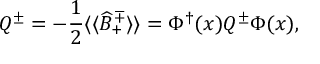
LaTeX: { \cal Q } ^ { \pm } = - \frac { 1 } { 2 } \langle \langle \widehat { \cal B } _ { + } ^ { \mp } \rangle \rangle = \Phi ^ { \dagger } ( x ) Q ^ { \pm } \Phi ( x ) ,